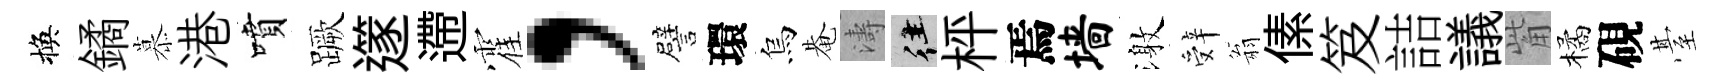
換鐍慕港噴蹶𨗹遰霍，譬環烏𤲅濤往枰焉墙激辤翁傃笈詰議觜橘硯䑓